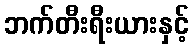
ဘက်တီးရီးယားနှင့်